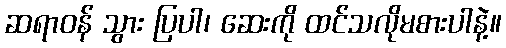
ဆရာဝန် သွား ပြပါ၊ ဆေးကို ထင်သလိုမစားပါနဲ့။